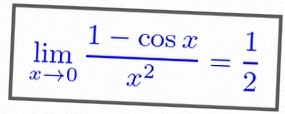
\lim_{x\to0}\frac{1-\cos x}{x^2}=\frac12